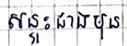
សន្ទុះជាងមុន